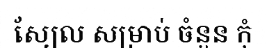
ស្យែល សម្រាប់ ចំនួន កុំ